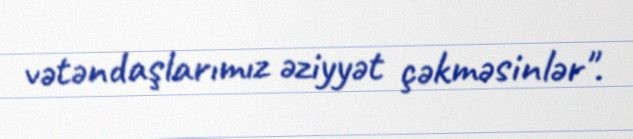
vətəndaşlarımız əziyyət çəkməsinlər".